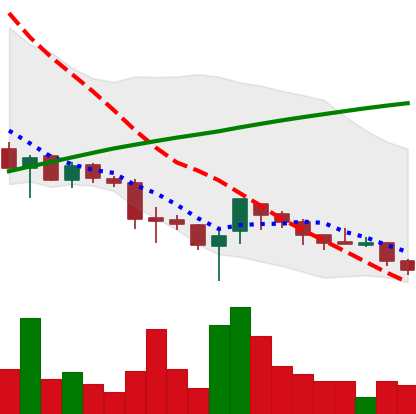
Ticker: XRP-USD
Chart end date: 2018-03-27
Forward return: -16.064%
Label: down_7plus